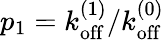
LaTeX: p_{1}=k_{\mathrm{off}}^{(1)}/k_{\mathrm{off}}^{(0)}